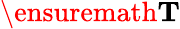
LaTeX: \ensuremath{\mathbf{T}}